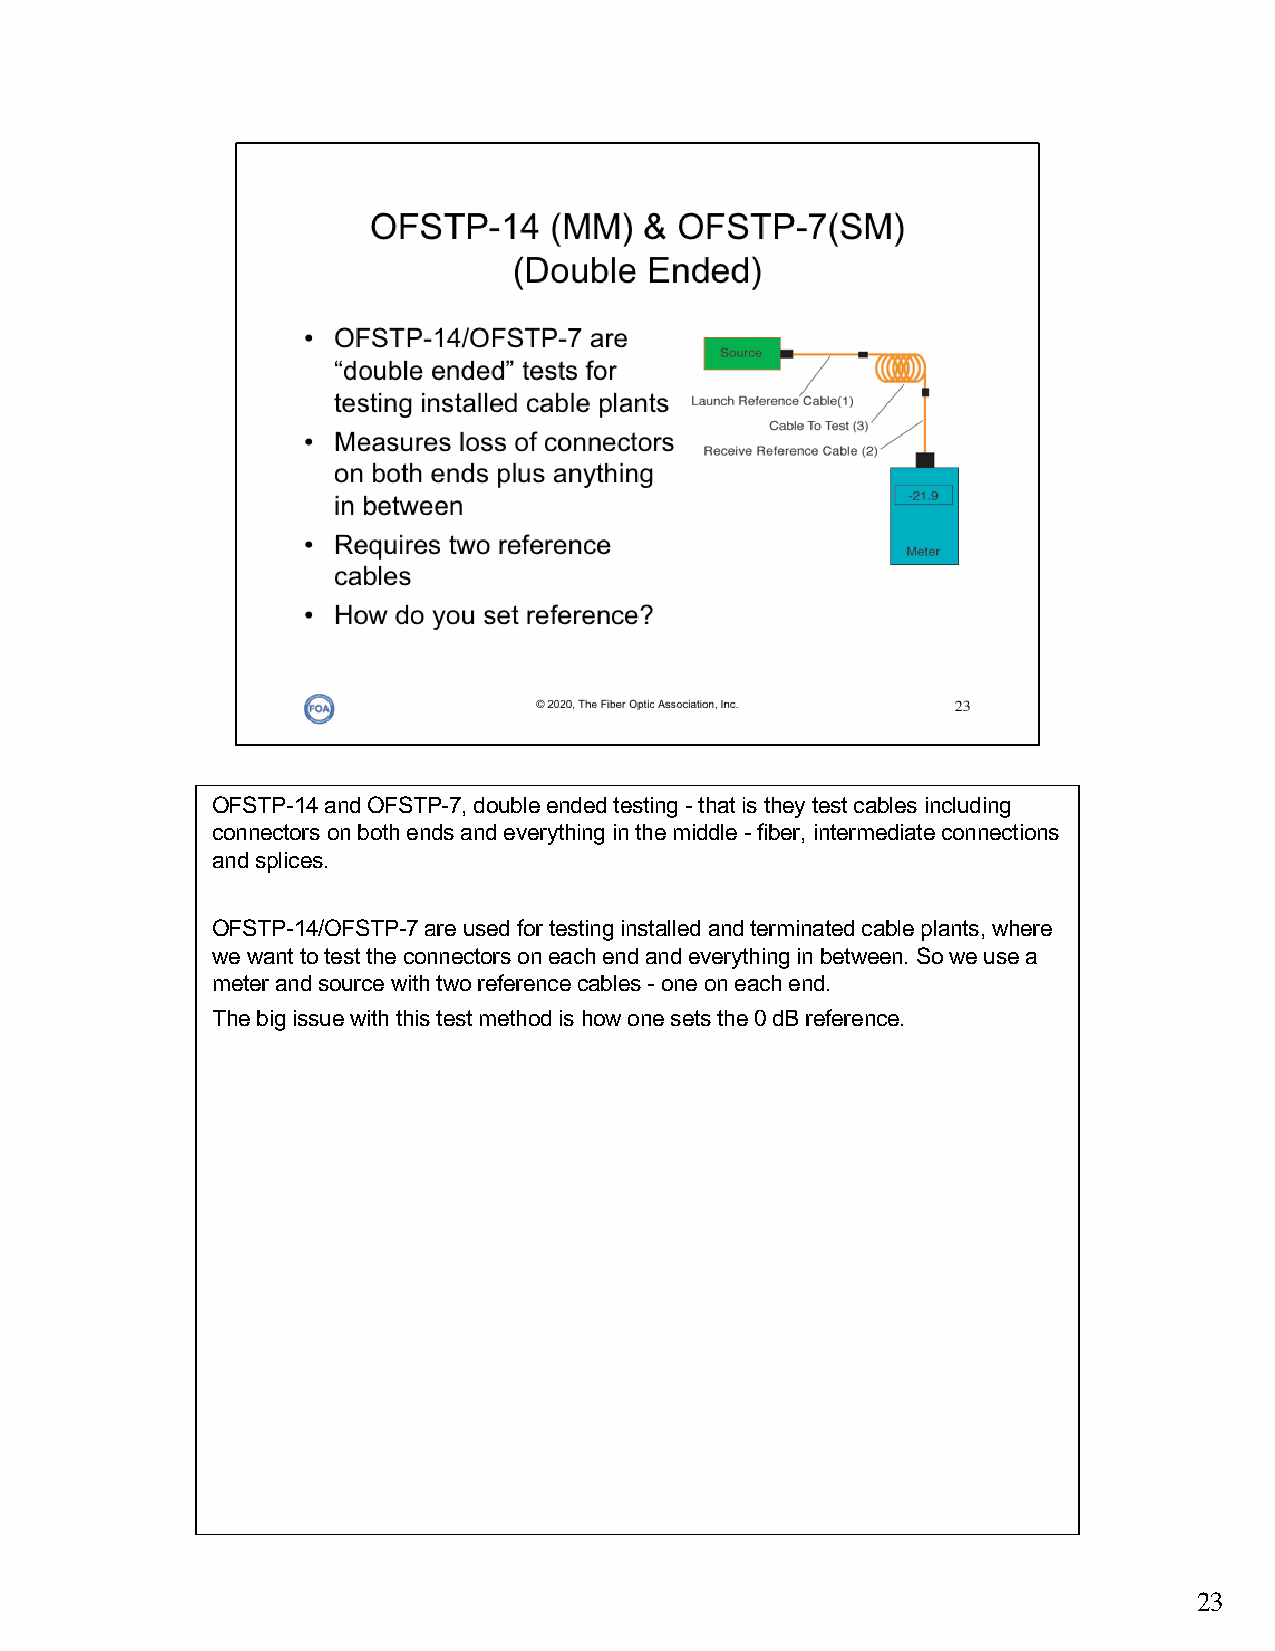
OFSTP-14 and OFSTP-7, double ended testing -that is they test cables including
 connectors on both ends and everything in the middle -fiber, intermediate connections
 and splices.
 OFSTP-14/OFSTP-7 are used for testing installed and terminated cable plants, where
 we want to test the connectors on each end and everything in between. So we use a
 meter and source with two reference cables -one on each end.
 The big issue with this test method is how one sets the 0 dB reference.
 23